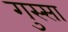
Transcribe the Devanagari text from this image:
गुस्‍सा